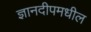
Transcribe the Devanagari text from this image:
ज्ञानदीपमधील